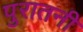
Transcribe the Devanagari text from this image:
पुरातनी